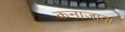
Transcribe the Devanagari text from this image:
कनाजावा